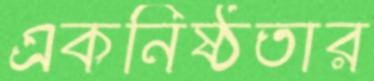
একনিষ্ঠতার